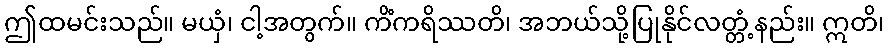
ဤထမင်းသည်။ မယှံ၊ ငါ့အတွက်။ ကိံကရိဿတိ၊ အဘယ်သို့ပြုနိုင်လတ္တံ့နည်း။ ဣတိ၊